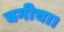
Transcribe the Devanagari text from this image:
बगीचा।